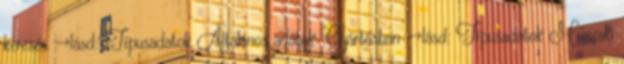
keresés →lásd: Típusadatok Általános adatok Gyártásban →lásd: Típusadatok Műszaki